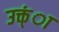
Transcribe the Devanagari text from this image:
उक्त्ंा